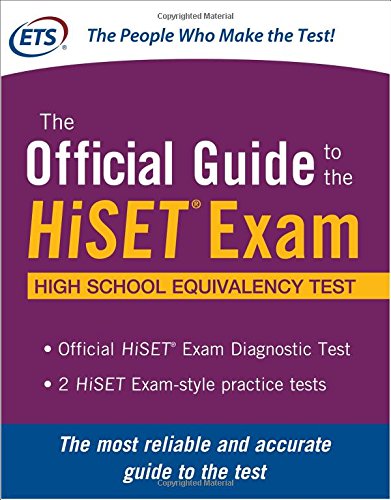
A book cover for The Official Guide to the HiSETÂ® Exam; Educational Testing Service; Test Preparation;